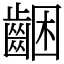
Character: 齫